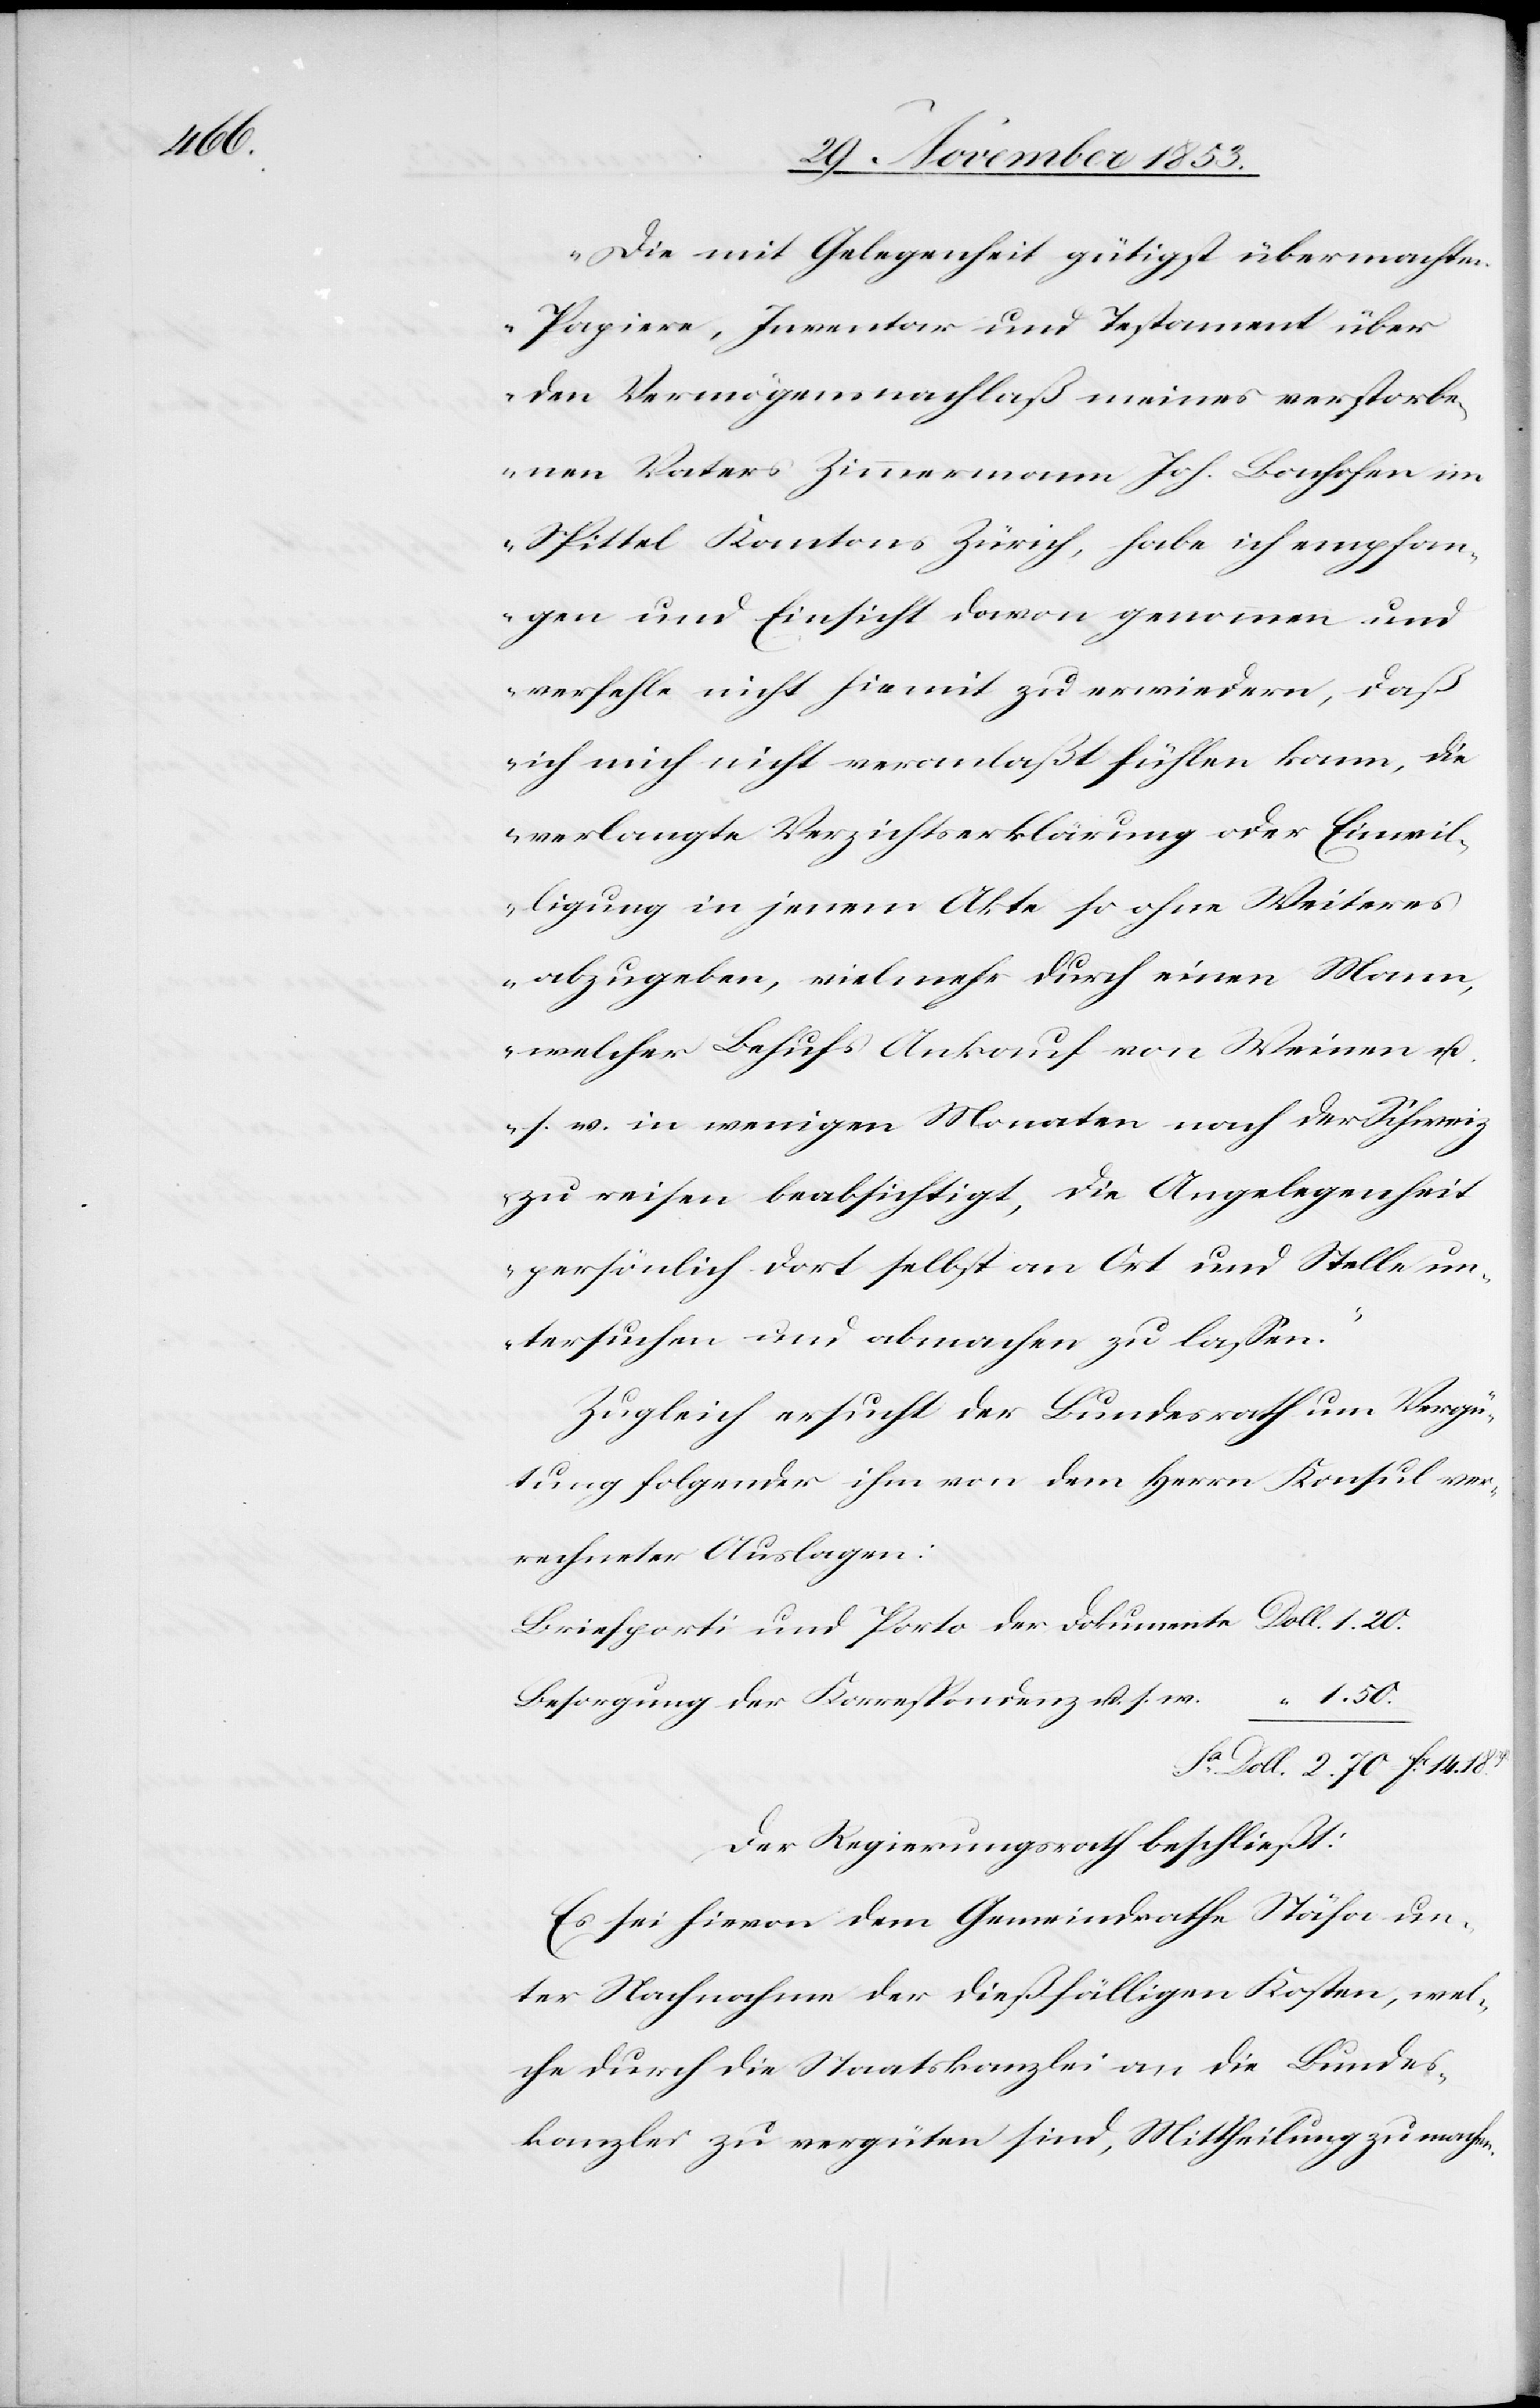
„Die mit Gelegenheit gütigst übermachten
Papiere, Inventar und Testament über
den Vermögensnachlaß meines verstorbe¬
nen Vaters Zimmermann Joh. Bachofen im
Spittel Kantons Zürich, habe ich empfan¬
gen und Einsicht davon genommen und
verfehle nicht hiemit zu erwiedern, daß
ich mich nicht veranlaßt fühlen kann, die
verlangte Verzichtserklärung oder Einwil¬
ligung in jenem Akte so ohne Weiteres
abzugeben, viel mehr durch einen Mann
welcher Behufs Ankauf von Weinen u.
s. w. in wenigen Monaten nach der Schweiz
zu reisen beabsichtigt, die Angelegenheit
persönlich dort selbst an Ort und Stelle un¬
tersuchen und abmachen zu laßen.“
Zugleich ersucht der Bundesrath um Vergü¬
tung folgender ihm von dem Herrn Konsul ver¬
rechneter Auslagen:
Briefporti und Porto der Dokumente 	Doll. 1.20
Besorgung der Korrespondenz u. s.
fa Doll. 2.70 fr. 14.18c
Der Regierungsrath beschließt:
Es sei hievon dem Gemeindrathe Stäfa un¬
ter Nachnahme der dießfälligen Kosten, wel¬
che durch die Staatskanzlei an die Bundes¬
kanzlei zu vergüten sind, Mittheilung zu machen.